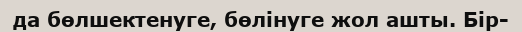
да бөлшектенуге, бөлінуге жол ашты. Бір-